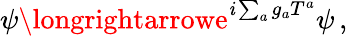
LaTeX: \psi\longrightarrowe^{\mathit{i}\sum_{a}g_{a}T^{a}}\psi\, ,